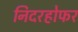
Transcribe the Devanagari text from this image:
निदरहोफर